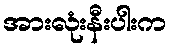
အားလုံးနီးပါးက